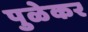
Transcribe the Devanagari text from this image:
पुळेकर